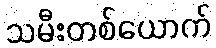
သမီးတစ်ယောက်